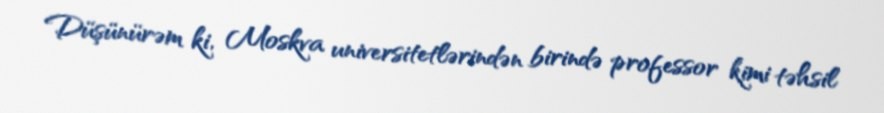
Düşünürəm ki, Moskva universitetlərindən birində professor kimi təhsil